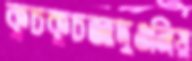
কুচকুচজাদুওনিয়